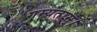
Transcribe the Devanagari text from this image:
गम्यताम्।